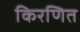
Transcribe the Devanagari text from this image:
किरणित